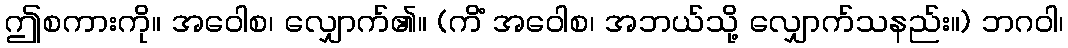
ဤစကားကို။ အဝေါစ၊ လျှောက်၏။ (ကိံ အဝေါစ၊ အဘယ်သို့ လျှောက်သနည်း။) ဘဂဝါ၊